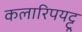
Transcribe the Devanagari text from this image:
कलारिपयट्टू